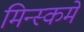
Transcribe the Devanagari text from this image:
मिन्स्कमें